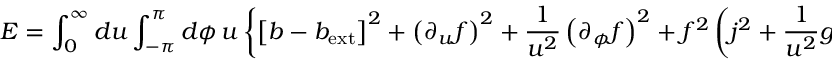
{ \cal E } = \int _ { 0 } ^ { \infty } d u \int _ { - \pi } ^ { \pi } d \phi \, u \left\{ \left[ b - b _ { \mathrm { e x t } } \right] ^ { 2 } + \left( \partial _ { u } f \right) ^ { 2 } + \frac { 1 } { u ^ { 2 } } \left( \partial _ { \phi } f \right) ^ { 2 } + f ^ { 2 } \left( j ^ { 2 } + \frac { 1 } { u ^ { 2 } } g ^ { 2 } \right) + \frac { 1 } { 2 } \kappa ^ { 2 } \left( 1 - f ^ { 2 } \right) ^ { 2 } \right\} .